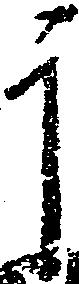
于